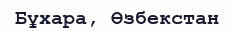
Бұхара, Өзбекстан